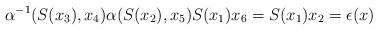
LaTeX: \begin{align*}\alpha^{-1}(S(x_3),x_4)\alpha(S(x_2),x_5)S(x_1)x_6 = S(x_1)x_2 = \epsilon(x)\end{align*}